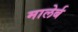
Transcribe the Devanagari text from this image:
मालेर्ब